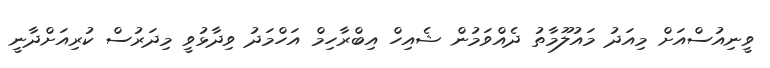
ވީނިއުސްއަށް މިއަދު މައުލޫމާތު ދެއްވަމުން ޝެއިހް އިބްރާހިމް އަހްމަދު ވިދާޅުވީ މިދަރުސް ކުރިއަށްދާނީ